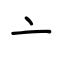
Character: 亠